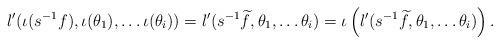
LaTeX: \begin{align*}l'(\iota(s^{-1}f), \iota(\theta_{1}), \dots \iota(\theta_{i}))&= l'(s^{-1} \widetilde{f}, \theta_{1}, \dots \theta_{i})= \iota \left(l'(s^{-1} \widetilde{f}, \theta_{1}, \dots \theta_{i})\right) .\end{align*}